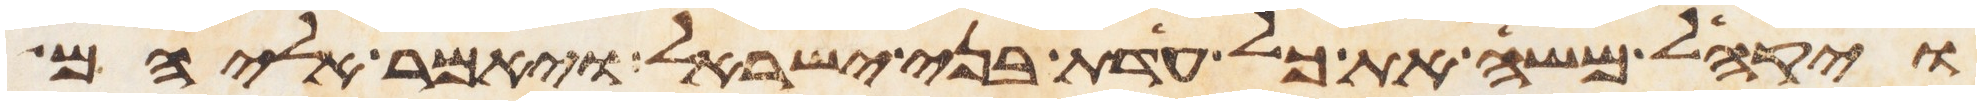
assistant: ויקהל משה את כל עדת בני ישראל ויאמר אליהם